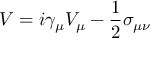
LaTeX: V = i \gamma _ { \mu } V _ { \mu } - \frac { 1 } { 2 } \sigma _ { \mu \nu }